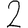
Digit: 2